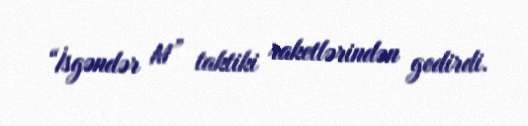
“İsgəndər M” taktiki raketlərindən gedirdi.